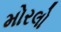
મોરલો